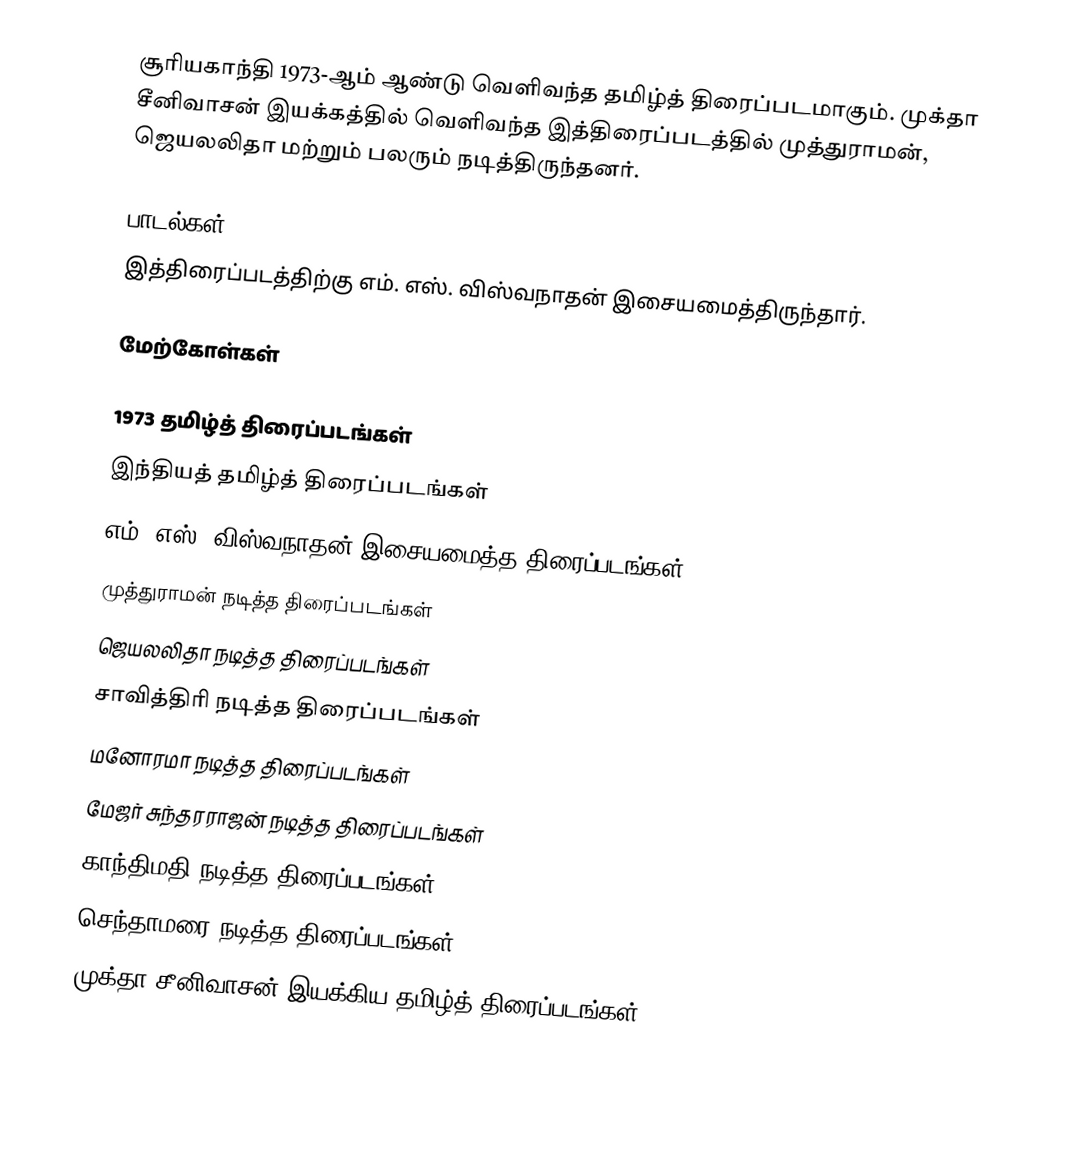
சூரியகாந்தி 1973-ஆம் ஆண்டு வெளிவந்த தமிழ்த் திரைப்படமாகும். முக்தா சீனிவாசன் இயக்கத்தில் வெளிவந்த இத்திரைப்படத்தில் முத்துராமன், ஜெயலலிதா மற்றும் பலரும் நடித்திருந்தனர்.

பாடல்கள்
இத்திரைப்படத்திற்கு எம். எஸ். விஸ்வநாதன் இசையமைத்திருந்தார்.

மேற்கோள்கள்

1973 தமிழ்த் திரைப்படங்கள்
இந்தியத் தமிழ்த் திரைப்படங்கள்
எம். எஸ். விஸ்வநாதன் இசையமைத்த திரைப்படங்கள்
முத்துராமன் நடித்த திரைப்படங்கள்
ஜெயலலிதா நடித்த திரைப்படங்கள்
சாவித்திரி நடித்த திரைப்படங்கள்
மனோரமா நடித்த திரைப்படங்கள்
மேஜர் சுந்தரராஜன் நடித்த திரைப்படங்கள்
காந்திமதி நடித்த திரைப்படங்கள்
செந்தாமரை நடித்த திரைப்படங்கள்
முக்தா சீனிவாசன் இயக்கிய தமிழ்த் திரைப்படங்கள்